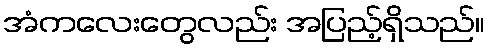
အံကလေးတွေလည်း အပြည့်ရှိသည်။